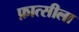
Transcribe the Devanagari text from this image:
फ़ात्सीला